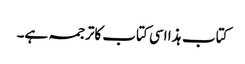
کتاب ہذا اسی کتاب کاترجمہ ہے۔